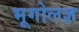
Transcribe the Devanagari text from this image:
भूगोलज्ञ